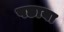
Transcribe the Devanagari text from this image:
पछाया